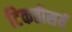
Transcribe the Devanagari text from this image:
टिकतीसयें